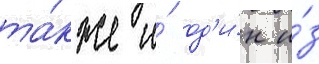
та́кже и́ од'и́н и́з